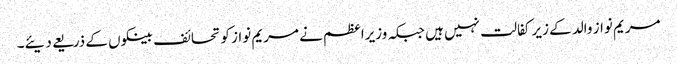
مریم نواز والد کے زیر کفالت نہیں ہیں جبکہ وزیراعظم نے مریم نواز کو تحائف بینکوں کے ذریعے دیئے۔